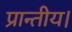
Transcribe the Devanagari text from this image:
प्रान्तीय।